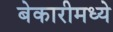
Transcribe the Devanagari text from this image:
बेकारीमध्ये